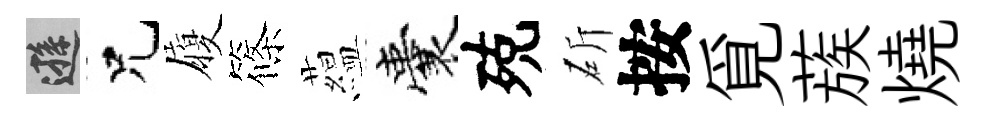
遜兄履篠藴囊殑斫按覓蔟燒